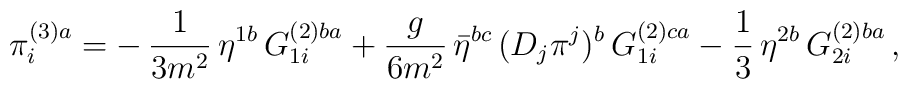
\pi_i^{(3)a}=-\,\frac{1}{3m^2}\,\eta^{1b}\,G_{1i}^{(2)ba}+\frac{g}{6m^2}\,\bar\eta^{bc}\,(D_j\pi^j)^b\,G_{1i}^{(2)ca}-\frac{1}{3}\,\eta^{2b}\,G_{2i}^{(2)ba}\,,